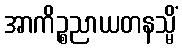
အာကိဉ္စညာယတနသ္မိံ